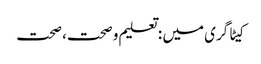
کیٹاگری میں : تعلیم و صحت، صحت